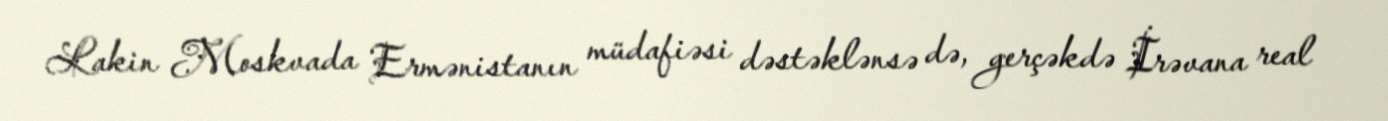
Lakin Moskvada Ermənistanın müdafiəsi dəstəklənsə də, gerçəkdə İrəvana real